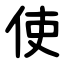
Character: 使